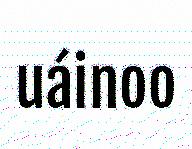
uáinoo